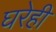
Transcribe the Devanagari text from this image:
घरेही